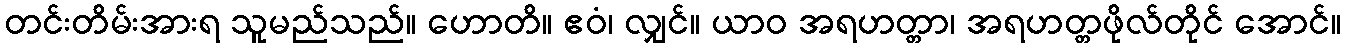
တင်းတိမ်းအားရ သူမည်သည်။ ဟောတိ။ ဧဝံ၊ လျှင်။ ယာဝ အရဟတ္တာ၊ အရဟတ္တဖိုလ်တိုင် အောင်။